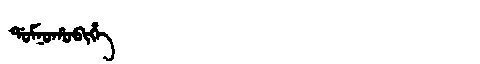
Manchu: ᡩᠣᠮᠨᠣᡥᠣᠪᡳᡥᡝ
Romanization: DOMNOHOBIHE